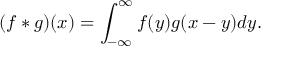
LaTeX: ( f * g ) ( x ) = \int _ { - \infty } ^ { \infty } f ( y ) g ( x - y ) d y .